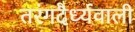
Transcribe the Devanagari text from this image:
तरंगदैर्ध्यवाली